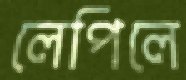
লেপিলে